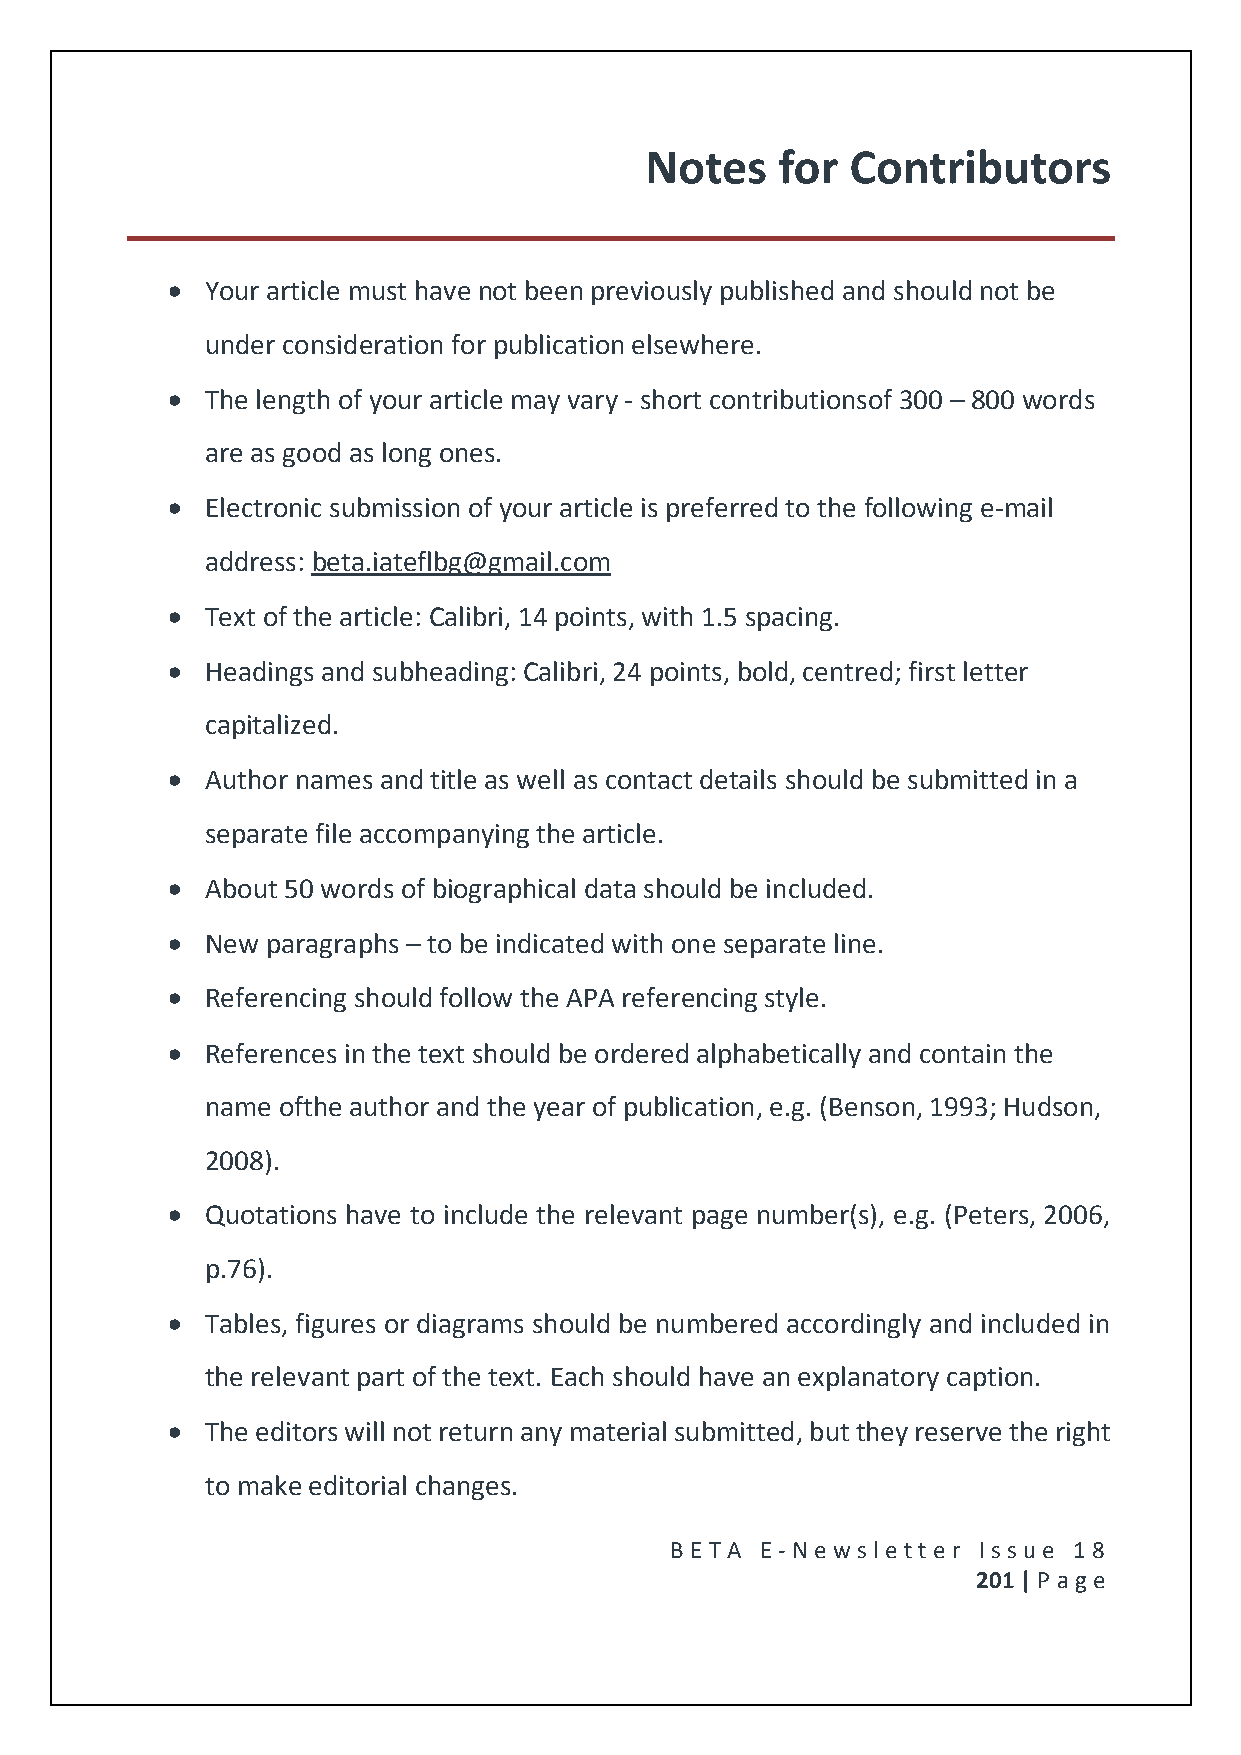
Notes    for Contributors
   Your article must have not been previously published and should not be
 under consideration for publication elsewhere.
   The length of your article may vary - short contributionsof 300 – 800 words
 are as good as long ones.
   Electronic submission of your article is preferred to the following e-mail
 address: beta.iateflbg@gmail.com
   Text of the article: Calibri, 14 points, with 1.5 spacing.
   Headings and subheading: Calibri, 24 points, bold, centred; first letter
 capitalized.
   Author names and title as well as contact details should be submitted in a
 separate file accompanying the article.
   About 50 words of biographical data should be included.
   New paragraphs – to be indicated with one separate line.
   Referencing should follow the APA referencing style.
   References in the text should be ordered alphabetically and contain the
 name ofthe author and the year of publication, e.g. (Benson, 1993; Hudson,
 2008).
   Quotations have to include the relevant page number(s), e.g. (Peters, 2006,
 p.76).
   Tables, figures or diagrams should be numbered accordingly and included in
 the relevant part of the text. Each should have an explanatory caption.
   The editors will not return any material submitted, but they reserve the right
 to make editorial changes.
 BE T A E -N e wsle tt e r Issue 18
 201 | P age